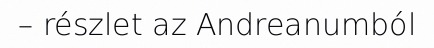
– részlet az Andreanumból